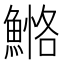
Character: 𩹕